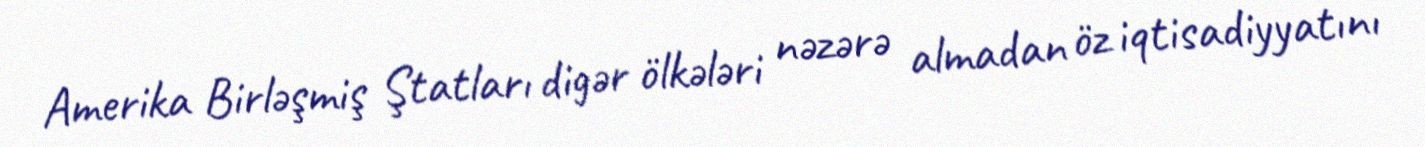
Amerika Birləşmiş Ştatları digər ölkələri nəzərə almadan öz iqtisadiyyatını